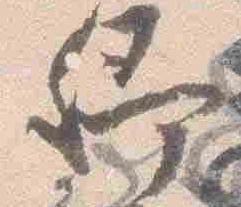
卿